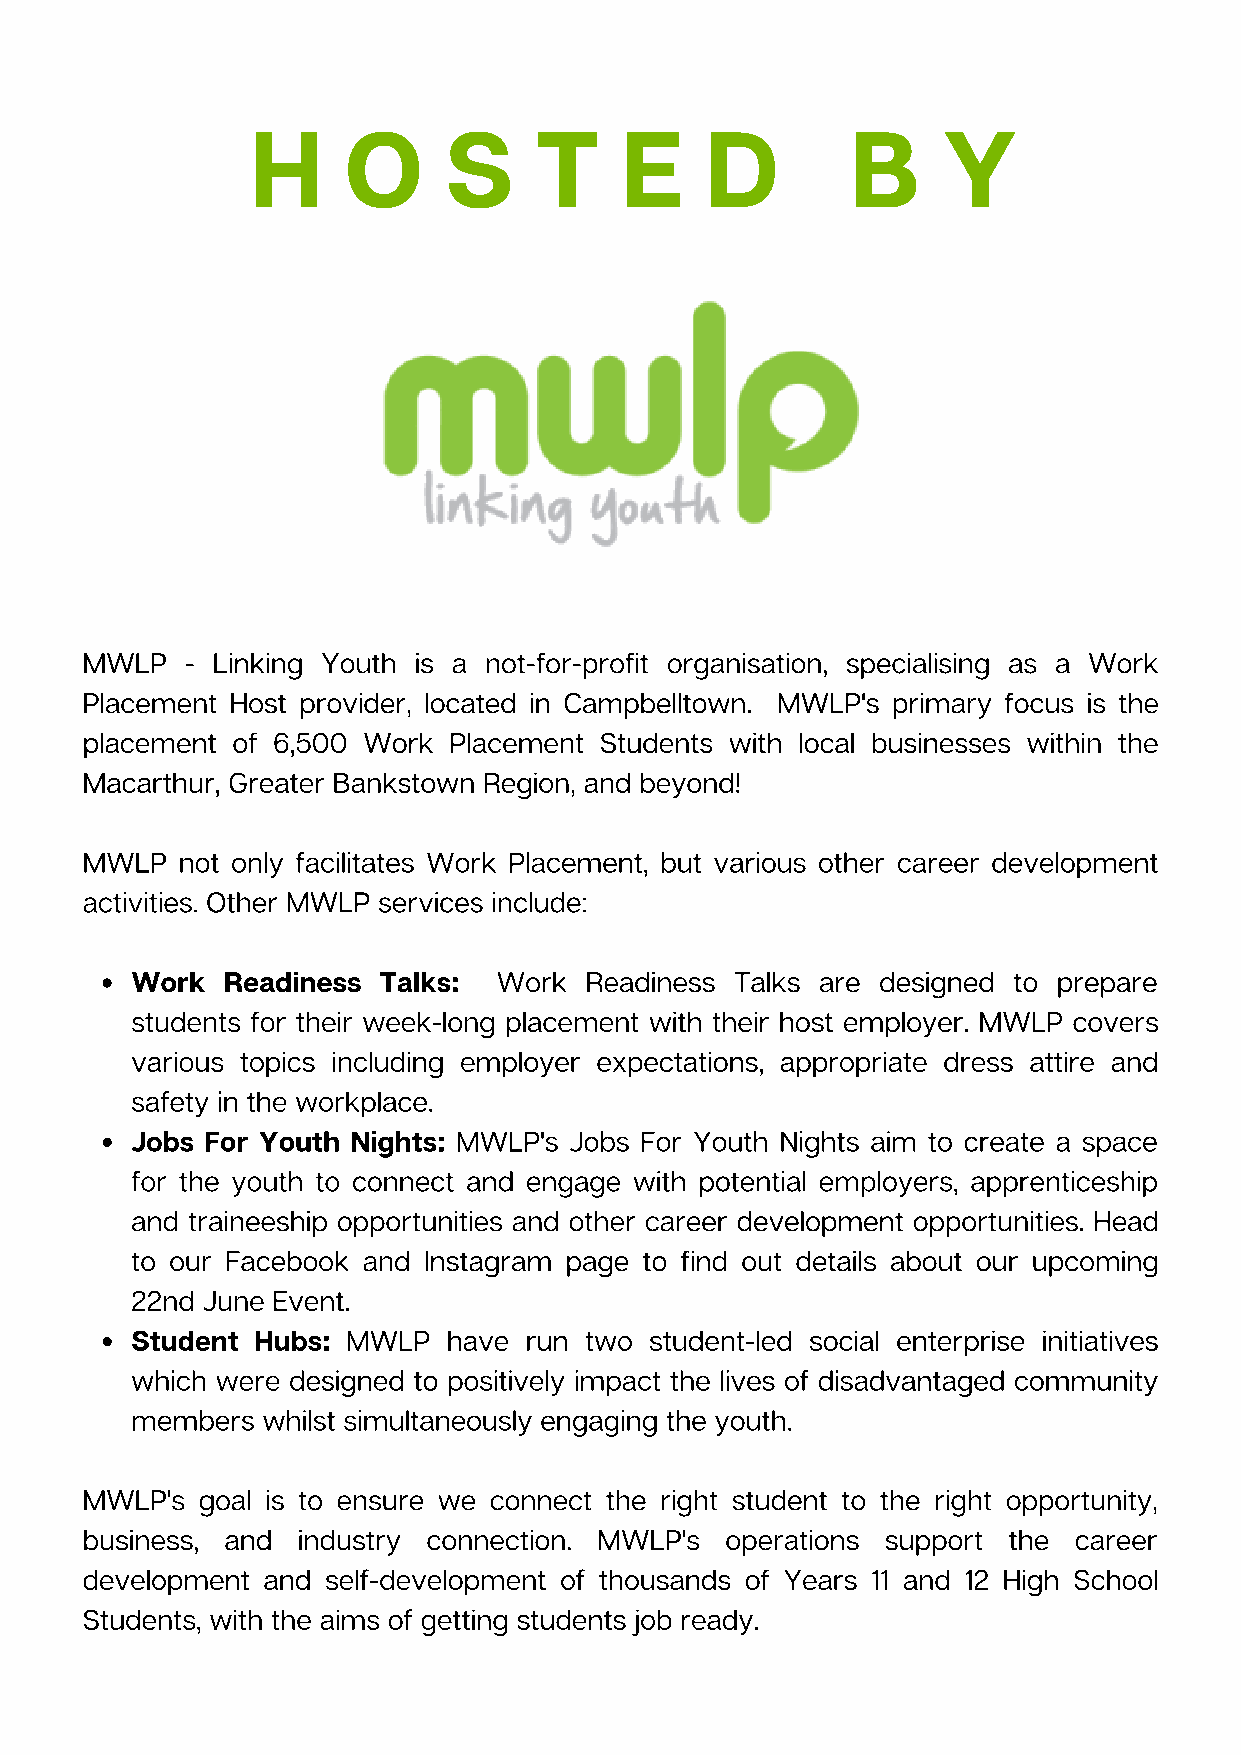
H     O     S     T     E     D        B     Y
 MWLP   - Linking Youth is a not-for-profit organisation, specialising as a Work
 Placement Host provider, located in Campbelltown. MWLP's primary focus is the
 placement of 6,500 Work  Placement Students with local businesses within the
 Macarthur, Greater Bankstown Region, and beyond!
 MWLP   not only facilitates Work Placement, but various other career development
 activities. Other MWLP services include:
 Work  Readiness Talks:  Work  Readiness Talks are designed to prepare
 students for their week-long placement with their host employer. MWLP covers
 various topics including employer expectations, appropriate dress attire and
 safety in the workplace.
 Jobs For Youth Nights: MWLP's Jobs For Youth Nights aim to create a space
 for the youth to connect and engage with potential employers, apprenticeship
 and traineeship opportunities and other career development opportunities. Head
 to our Facebook and Instagram page to find out details about our upcoming
 22nd June Event.
 Student Hubs: MWLP   have run two student-led social enterprise initiatives
 which were designed to positively impact the lives of disadvantaged community
 members whilst simultaneously engaging the youth.
 MWLP's  goal is to ensure we connect the right student to the right opportunity,
 business, and  industry connection. MWLP's operations support the career
 development and  self-development of thousands of Years 11 and 12 High School
 Students, with the aims of getting students job ready.